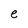
Character: e